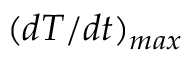
{ ( d T / d t } ) _ { m a x }